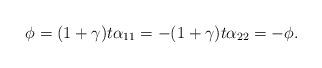
LaTeX: \begin{align*}\phi = (1+\gamma)t\alpha_{11} = -(1+\gamma)t\alpha_{22} = - \phi.\end{align*}